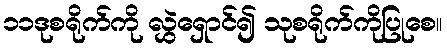
၁၁ဒုစရိုက်ကို လွှဲရှောင်၍ သုစရိုက်ကိုပြုစေ။